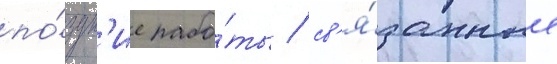
по́здн'ие рабо́ты / св'я́занные